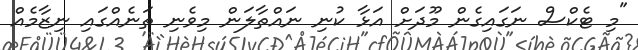
"މި ޓެކްސް ނަގައިގެން މޫދަށް އަޅާ ކުނި ނައްތާލަން މިވެނި ތަނެއްގައި ނިޒާމެއް